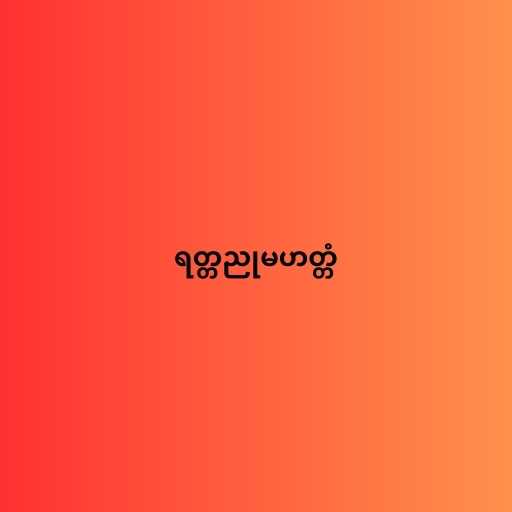
ရတ္တညုမဟတ္တံ